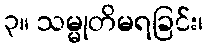
၃။ သမ္မုတိမရခြင်း၊